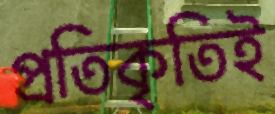
প্রতিকৃতিই